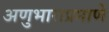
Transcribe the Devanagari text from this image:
अणुभाराप्रमाणे